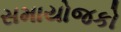
સમાયોજકો